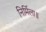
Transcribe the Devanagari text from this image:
निर्मिला॥